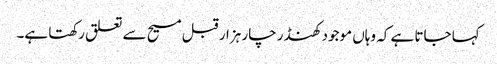
کہا جاتا ہے کہ وہاں موجود کھنڈر چار ہزار قبل مسیح سے تعلق رکھتا ہے۔